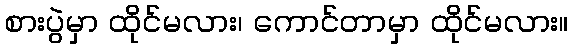
စားပွဲမှာ ထိုင်မလား၊ ကောင်တာမှာ ထိုင်မလား။